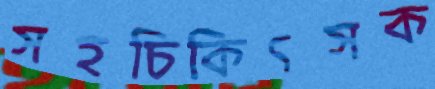
সহচিকিৎসক